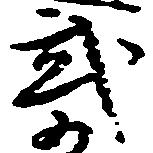
武